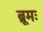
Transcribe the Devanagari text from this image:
ब्रूमः